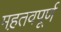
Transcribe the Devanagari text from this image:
मह़तवपूर्ण